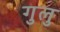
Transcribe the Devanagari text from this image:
गुलु